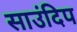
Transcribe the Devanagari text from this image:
साउंदिप